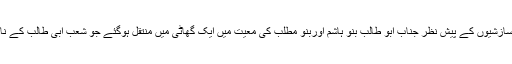
کفارومشرکین کی سازشیوں کے پیشِ نظر جناب ابو طالب بنو ہاشم اوربنو مطلب کی معیت میں ایک گھاٹی میں منتقل ہوگئے جو شعب ابی طالب کے نام سے مشہور تھی۔